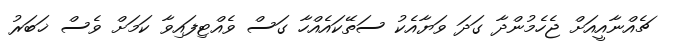
ޗެއްނާއީއަށް ޖެހެމުންދާ ގަދަ ވަޔާއެކު ސަތޭކައެއްހާ ގަސް ވެއްޓިފައިވާ ކަމަށް ވެސް ޚަބަރު